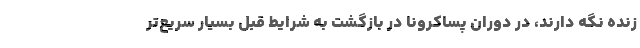
زنده نگه دارند، در دوران پساکرونا در بازگشت به شرایط قبل بسیار سریع‌تر